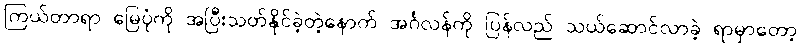
ကြယ်တာရာ မြေပုံကို အပြီးသတ်နိုင်ခဲ့တဲ့နောက် အင်္ဂလန်ကို ပြန်လည် သယ်ဆောင်လာခဲ့ ရာမှာတော့